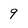
Character: 9